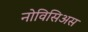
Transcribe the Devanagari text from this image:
नोविसिअस